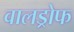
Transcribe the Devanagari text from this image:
वालड्रोफ